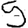
Digit: 5